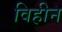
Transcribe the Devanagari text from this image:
विहीन